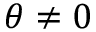
\theta \neq 0